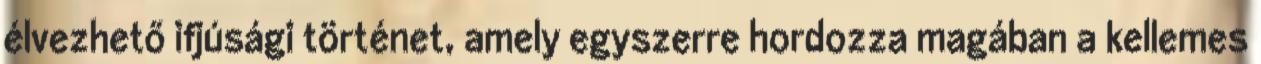
élvezhető ifjúsági történet, amely egyszerre hordozza magában a kellemes